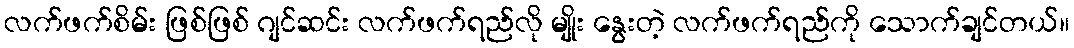
လက်ဖက်စိမ်း ဖြစ်ဖြစ် ဂျင်ဆင်း လက်ဖက်ရည်လို မျိုး နွေးတဲ့ လက်ဖက်ရည်ကို သောက်ချင်တယ်။